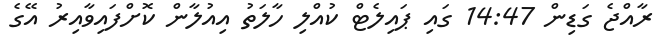
ރާއްޖެ ގަޑިން 14:47 ގައި ޕައިލެޓް ކުއްލި ހާލަތު އިއުލާން ކޮށްފައިވާއިރު އޭގެ